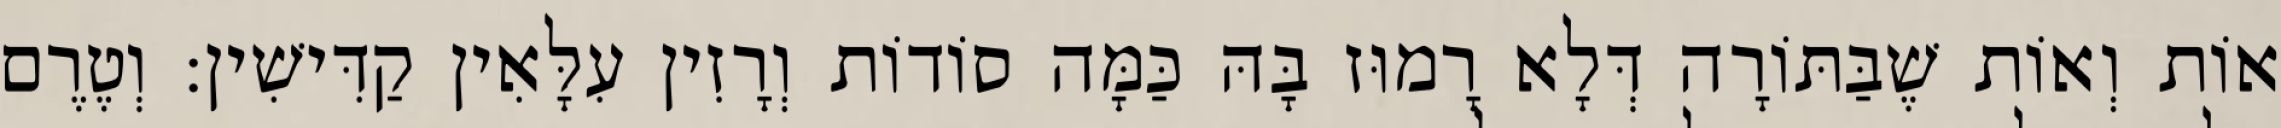
אוֹת וְאוֹת שֶׁבַּתּוֹרָה דְּלָא רָמוּז בָּהּ כַּמָּה סוֹדוֹת וְרָזִין עִלָּאִין קַדִּישִׁין: וְטֶרֶם